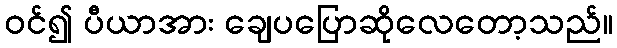
ဝင်၍ ပီယာအား ချေပပြောဆိုလေတော့သည်။